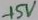
Text: +5V